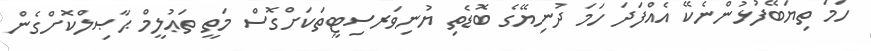
ހަމަ ތިޔަބޭފުޅުންނެކޭ އެއްފަދަ ހަމަ ދުނިޔޭގެ ބޮޑެތި ޔުނިވަރސިޓީތަކަށްގޮސް މަތީ ތަޢުލީމް ޙާޞިލްކޮށްގެން